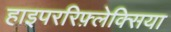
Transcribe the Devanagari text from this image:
हाइपररिफ़्लेक्सिया